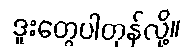
ဒူးတွေပါတုန်လို့။